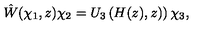
\hat { W } ( \chi _ { 1 } , z ) \chi _ { 2 } = U _ { 3 } \left( H ( z ) , z ) \right) \chi _ { 3 } ,